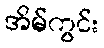
အိမ်ကွင်း